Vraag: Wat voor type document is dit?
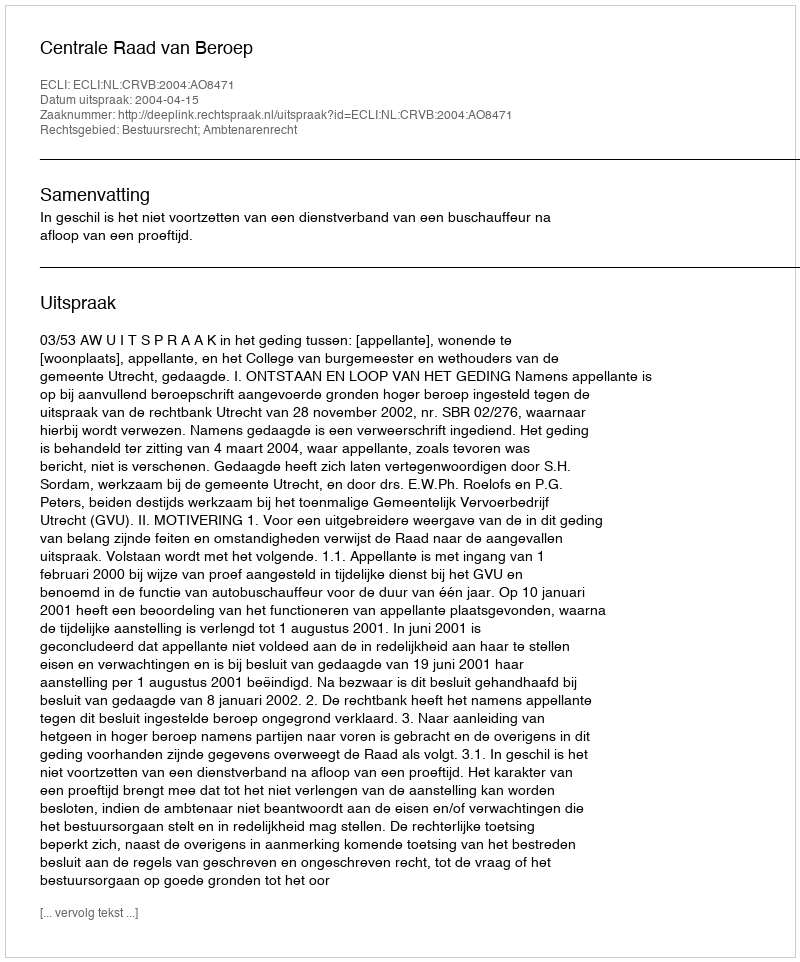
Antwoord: Uitspraak